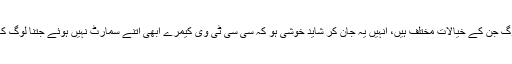
تاہم وہ لوگ جن کے خیالات مختلف ہیں، انہیں یہ جان کر شاید خوشی ہو کہ سی سی ٹی وی کیمرے ابھی اتنے سمارٹ نہیں ہوئے جتنا لوگ کہتے ہیں۔